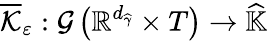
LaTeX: \overline{{\mathcal{K}}}_{\varepsilon}:\mathcal{G}\left(\mathbb{R}^{d_{\widehat{\gamma}}}\times T\right)\rightarrow\widehat{\mathbb{K}}